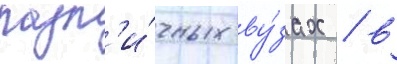
разл'и́чных ву́зах / в